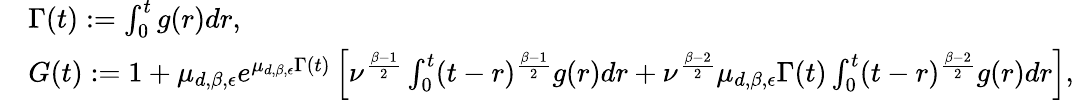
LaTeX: \begin{array}{rl}&{\Gamma(t):=\int_{0}^{t}g(r)dr,}\\ &{G(t):=1+\mu_{d,\beta,\epsilon}e^{\mu_{d,\beta,\epsilon}\Gamma(t)}\left[\nu^{\frac{\beta-1}{2}}\int_{0}^{t}(t-r)^{\frac{\beta-1}{2}}g(r)dr+\nu^{\frac{\beta-2}{2}}\mu_{d,\beta,\epsilon}\Gamma(t)\int_{0}^{t}(t-r)^{\frac{\beta-2}{2}}g(r)dr\right],}\end{array}